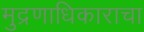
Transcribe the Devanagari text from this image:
मुद्रणाधिकाराचा